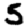
Digit: 5